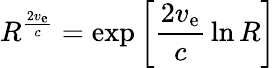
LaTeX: R^{\frac{2v_{\mathrm{e}}}{c}}=\exp\left[{\frac{2v_{\mathrm{e}}}{c}}\ln R\right]